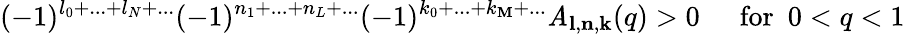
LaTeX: (-1)^{l_{0}+...+l_{N}+...}(-1)^{n_{1}+...+n_{L}+...}(-1)^{k_{0}+...+k_{\mathbf{M}}+...}\mathit{A}_{{\mathbf{l}},{\mathbf{n}},{\mathbf{k}}}(q)>0\, ~~~~~\mathrm{{for}}~~0<q<1